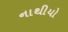
નાથીયો